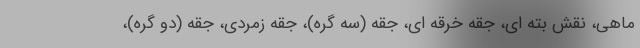
ماهی، نقش بته ای، جقه خرقه ای، جقه (سه گره)، جقه زمردی، جقه (دو گره)،